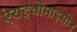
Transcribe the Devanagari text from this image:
ऐराइथोमाइसीन